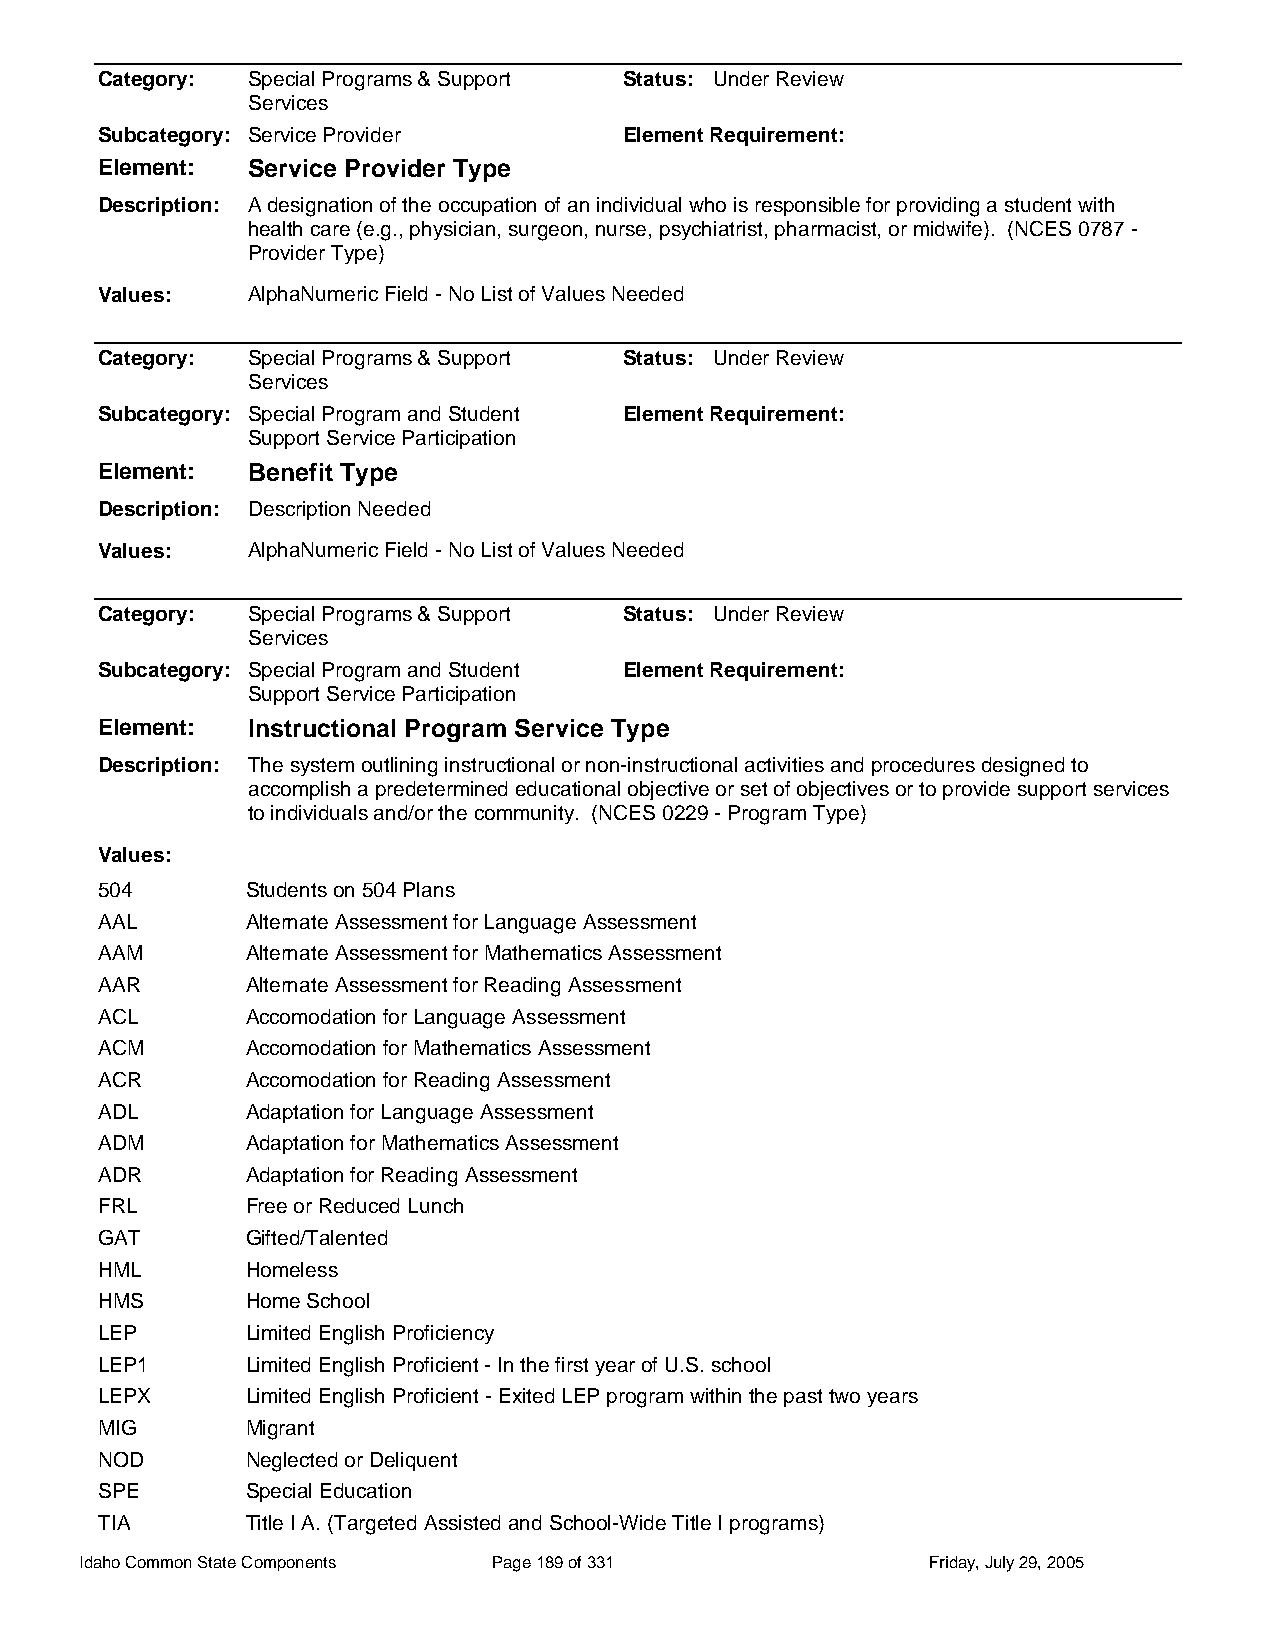
Category: Special Programs & Support Status: Under Review
 Services
 Subcategory: Service Provider      Element Requirement:
 Element:  Service Provider Type
 Description: A designation of the occupation of an individual who is responsible for providing a student with
 health care (e.g., physician, surgeon, nurse, psychiatrist, pharmacist, or midwife). (NCES 0787 -
 Provider Type)
 Values:   AlphaNumeric Field - No List of Values Needed
 Category: Special Programs & Support Status: Under Review
 Services
 Subcategory: Special Program and Student Element Requirement:
 Support Service Participation
 Element:  Benefit Type
 Description: Description Needed
 Values:   AlphaNumeric Field - No List of Values Needed
 Category: Special Programs & Support Status: Under Review
 Services
 Subcategory: Special Program and Student Element Requirement:
 Support Service Participation
 Element:  Instructional Program Service Type
 Description: The system outlining instructional or non-instructional activities and procedures designed to
 accomplish a predetermined educational objective or set of objectives or to provide support services
 to individuals and/or the community. (NCES 0229 - Program Type)
 Values:
 504       Students on 504 Plans
 AAL       Alternate Assessment for Language Assessment
 AAM       Alternate Assessment for Mathematics Assessment
 AAR       Alternate Assessment for Reading Assessment
 ACL       Accomodation for Language Assessment
 ACM       Accomodation for Mathematics Assessment
 ACR       Accomodation for Reading Assessment
 ADL       Adaptation for Language Assessment
 ADM       Adaptation for Mathematics Assessment
 ADR       Adaptation for Reading Assessment
 FRL       Free or Reduced Lunch
 GAT       Gifted/Talented
 HML       Homeless
 HMS       Home School
 LEP       Limited English Proficiency
 LEP1      Limited English Proficient - In the first year of U.S. school
 LEPX      Limited English Proficient - Exited LEP program within the past two years
 MIG       Migrant
 NOD       Neglected or Deliquent
 SPE       Special Education
 TIA       Title I A. (Targeted Assisted and School-Wide Title I programs)
 Idaho Common State Components Page 189 of 331           Friday, July 29, 2005